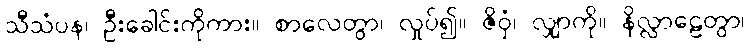
သီသံပန၊ ဦးခေါင်းကိုကား။ စာလေတွာ၊ လှုပ်၍။ ဇိဝှံ၊ လျှာကို။ နိလ္လာဠေတွာ၊